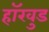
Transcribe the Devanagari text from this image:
हॉरवुड